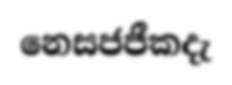
නෙසජජීකදැ